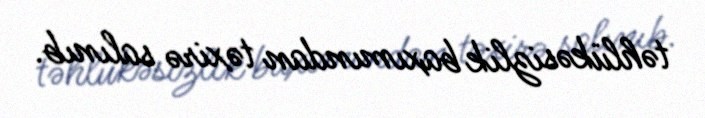
təhlükəsizlik baxımından təxirə salınıb.